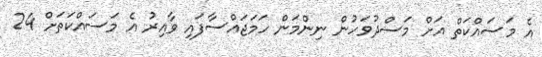
އެ މަސައްކަތް އަށް މަސްދުވަހުން ނިންމަން ހަމަޖައްސާފައި ވާއިރު އެ މަސައްކަތަށް 24